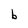
Character: b